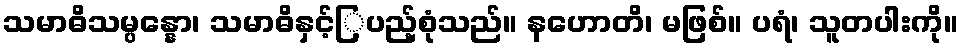
သမာဓိသမ္ပန္နော၊ သမာဓိနှင့်ြ့ပည့်စုံသည်။ နဟောတိ၊ မဖြစ်။ ပရံ၊ သူတပါးကို။